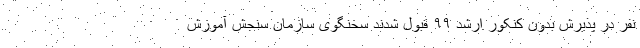
نفر در پذیرش بدون کنکور ارشد ۹۹ قبول شدند سخنگوی سازمان سنجش آموزش